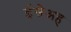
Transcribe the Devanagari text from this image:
ईसैअह